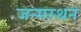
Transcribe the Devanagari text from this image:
जन्मस्थन